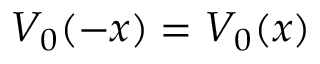
V _ { 0 } ( - x ) = V _ { 0 } ( x )